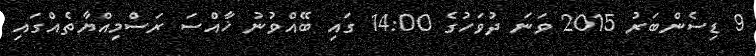
9 ޑިސެންބަރު 2015 ވަނަ ދުވަހުގެ 14:00 ގައި ބޭއްވުނު ޚާއްސަ ރަސްމިއްޔާތެއްގައި